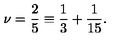
\nu = \frac { 2 } { 5 } \equiv \frac { 1 } { 3 } + \frac { 1 } { 1 5 } .